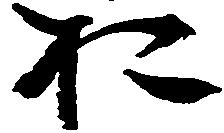
お